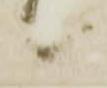
候